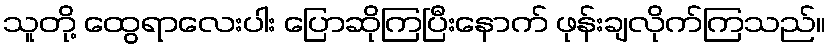
သူတို့ ထွေရာလေးပါး ပြောဆိုကြပြီးနောက် ဖုန်းချလိုက်ကြသည်။